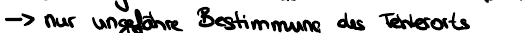
-> nur ungefähre Bestimmung des Fehlerorts